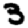
Digit: 3